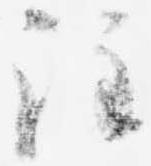
注